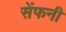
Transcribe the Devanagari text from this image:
सेंफनी